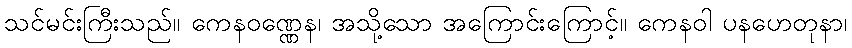
သင်မင်းကြီးသည်။ ကေနဝဏ္ဏေန၊ အသို့သော အကြောင်းကြောင့်။ ကေနဝါ ပနဟေတုနာ၊